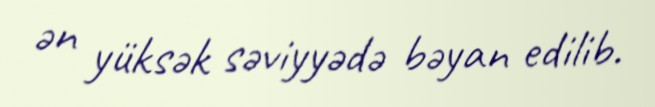
ən yüksək səviyyədə bəyan edilib.